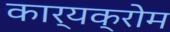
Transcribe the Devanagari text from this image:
कार्यक्रोम